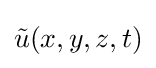
{\tilde {u}}(x,y,z,t)